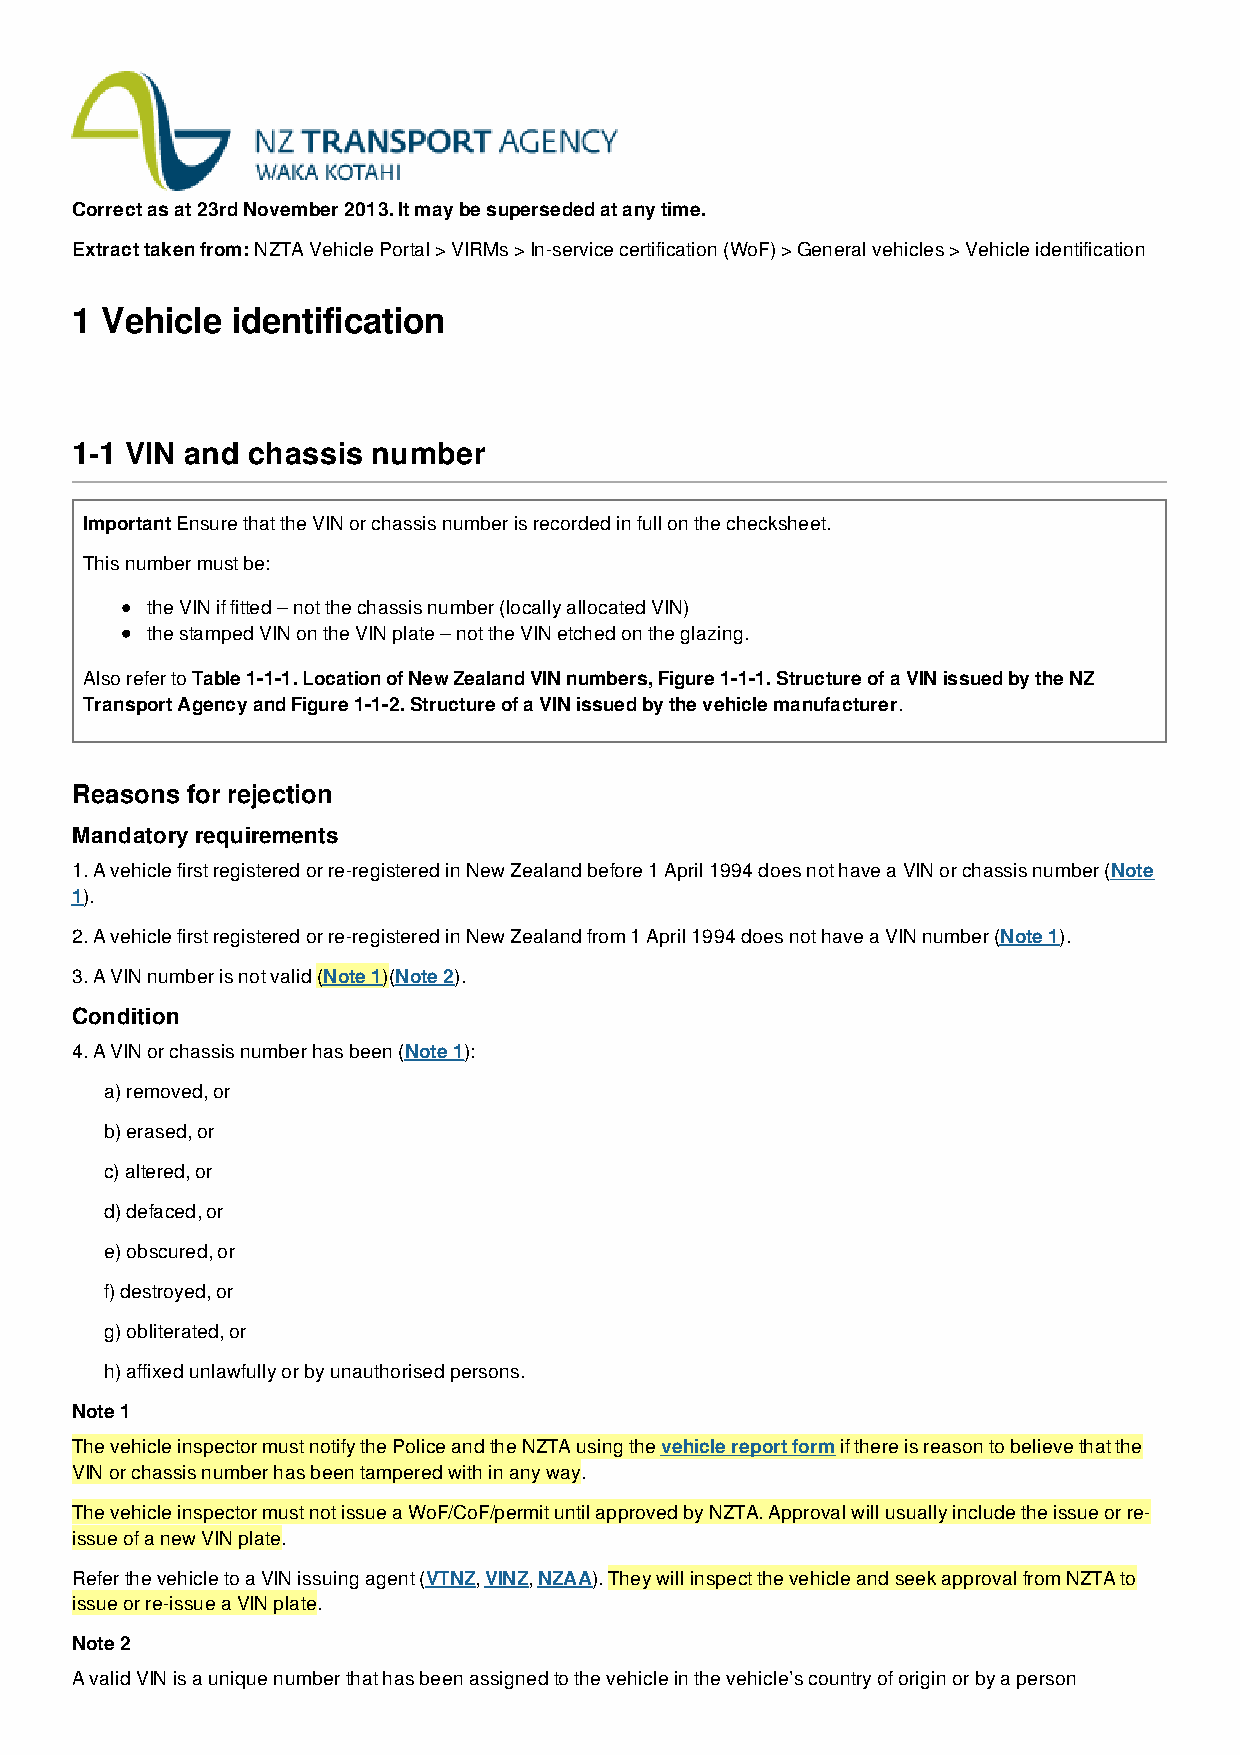
Correct as at 23rd November 2013. It may be superseded at any time.
 Extract taken from: NZTA Vehicle Portal > VIRMs > In-service certification (WoF) > General vehicles > Vehicle identification
 1 Vehicle identification
 1-1 VIN and chassis number
 Important Ensure that the VIN or chassis number is recorded in full on the checksheet.
 This number must be:
 the VIN if fitted – not the chassis number (locally allocated VIN)
 the stamped VIN on the VIN plate – not the VIN etched on the glazing.
 Also refer to Table 1-1-1. Location of New Zealand VIN numbers, Figure 1-1-1. Structure of a VIN issued by the NZ
 Transport Agency and Figure 1-1-2. Structure of a VIN issued by the vehicle manufacturer.
 Reasons for rejection
 Mandatory requirements
 1. A vehicle first registered or re-registered in New Zealand before 1 April 1994 does not have a VIN or chassis number (Note
 1).
 2. A vehicle first registered or re-registered in New Zealand from 1 April 1994 does not have a VIN number (Note 1).
 3. A VIN number is not valid (Note 1)(Note 2).
 Condition
 4. A VIN or chassis number has been (Note 1):
 a) removed, or
 b) erased, or
 c) altered, or
 d) defaced, or
 e) obscured, or
 f) destroyed, or
 g) obliterated, or
 h) affixed unlawfully or by unauthorised persons.
 Note 1
 The vehicle inspector must notify the Police and the NZTA using the vehicle report form if there is reason to believe that the
 VIN or chassis number has been tampered with in any way.
 The vehicle inspector must not issue a WoF/CoF/permit until approved by NZTA. Approval will usually include the issue or re-
 issue of a new VIN plate.
 Refer the vehicle to a VIN issuing agent (VTNZ, VINZ, NZAA). They will inspect the vehicle and seek approval from NZTA to
 issue or re-issue a VIN plate.
 Note 2
 A valid VIN is a unique number that has been assigned to the vehicle in the vehicle’s country of origin or by a person